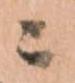
ニ